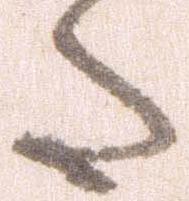
た